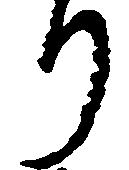
り